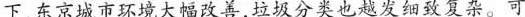
下，东京城市环境大幅改善，垃圾分类也越发细致复杂。可